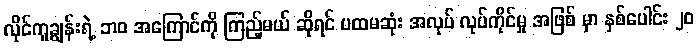
လိုင်ကူချွန်းရဲ့ ဘ၀ အကြောင်ကို ကြည့်မယ် ဆိုရင် ပထမဆုံး အလုပ် လုပ်ကိုင်မှု အဖြစ် မှာ နှစ်ပေါင်း ၂၀